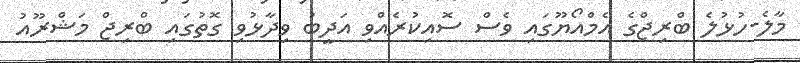
މާލެ-ހުޅުލެ ބްރިޖްގެ އެމްއޯޔޫގައި ވެސް ސޮއިކުރެއްވި އަދީބު ވިދާޅުވި ގޮތުގައި ބްރިޖް މަޝްރޫއު